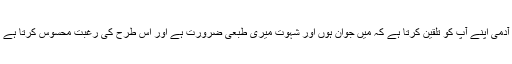
بعض اوقات جو آدمی اپنے آپ کو تلقین کرتا ہے کہ میں جوان ہوں اور شہوت میری طبعی ضرورت ہے اور اس طرح کی رغبت محسوس کرتا ہے تو یہ "وہم" ہے۔